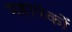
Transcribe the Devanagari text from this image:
महापंकों